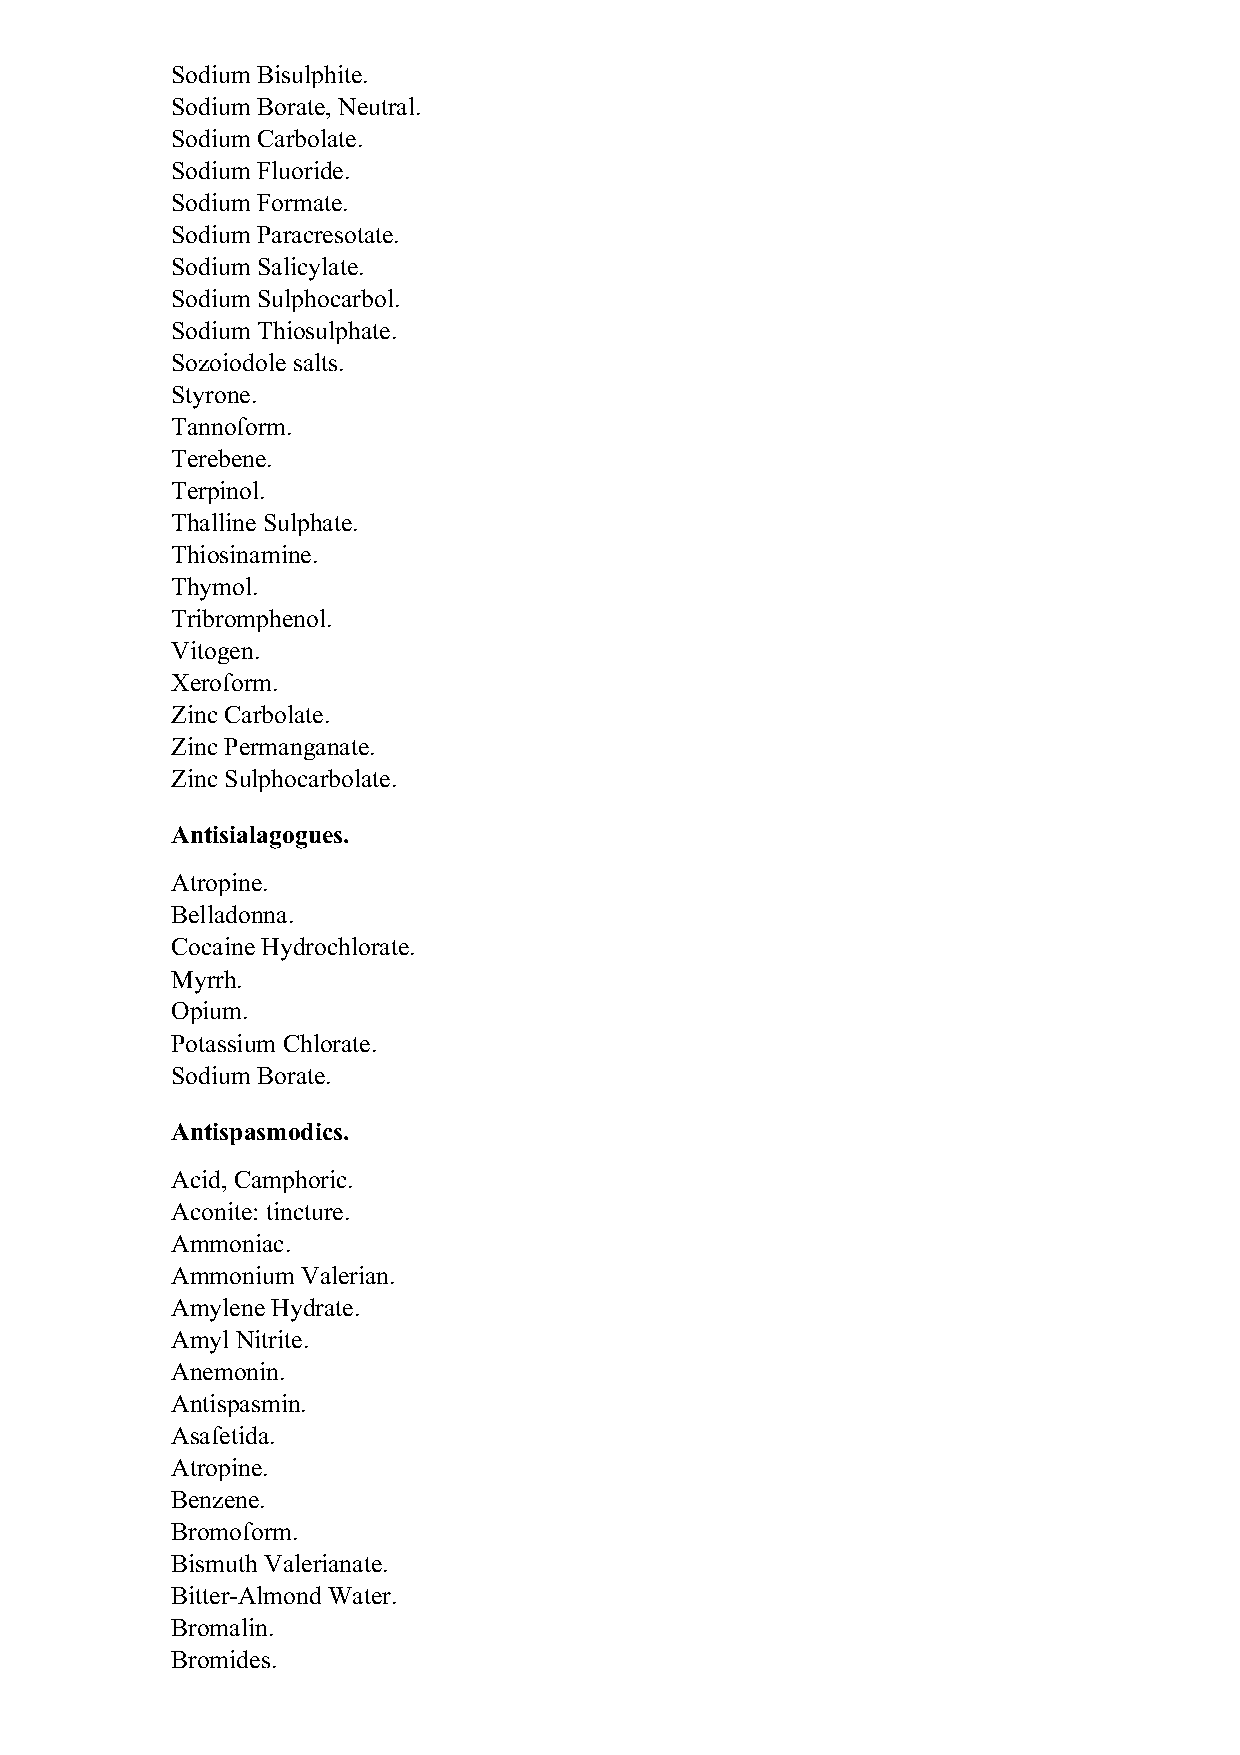
Sodium Bisulphite.
 Sodium Borate, Neutral.
 Sodium Carbolate.
 Sodium Fluoride.
 Sodium Formate.
 Sodium Paracresotate.
 Sodium Salicylate.
 Sodium Sulphocarbol.
 Sodium Thiosulphate.
 Sozoiodole salts.
 Styrone.
 Tannoform.
 Terebene.
 Terpinol.
 Thalline Sulphate.
 Thiosinamine.
 Thymol.
 Tribromphenol.
 Vitogen.
 Xeroform.
 Zinc Carbolate.
 Zinc Permanganate.
 Zinc Sulphocarbolate.
 Antisialagogues.
 Atropine.
 Belladonna.
 Cocaine Hydrochlorate.
 Myrrh.
 Opium.
 Potassium Chlorate.
 Sodium Borate.
 Antispasmodics.
 Acid, Camphoric.
 Aconite: tincture.
 Ammoniac.
 Ammonium Valerian.
 Amylene Hydrate.
 Amyl Nitrite.
 Anemonin.
 Antispasmin.
 Asafetida.
 Atropine.
 Benzene.
 Bromoform.
 Bismuth Valerianate.
 Bitter-Almond Water.
 Bromalin.
 Bromides.